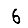
Digit: 6